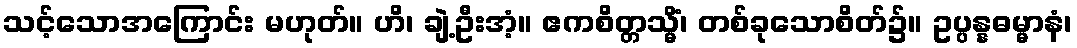
သင့်သောအကြောင်း မဟုတ်။ ဟိ၊ ချဲ့ဦးအံ့။ ဧကစိတ္တသ္မိံ၊ တစ်ခုသောစိတ်၌။ ဥပ္ပန္နဓမ္မာနံ၊